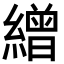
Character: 繒